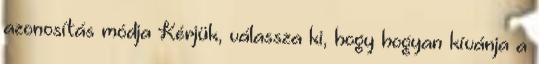
azonosítás módja Kérjük, válassza ki, hogy hogyan kívánja a